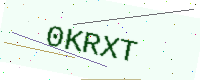
Text: 0KRXT